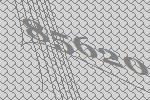
85620